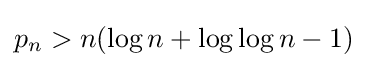
p_{n}>n(\log n+\log \log n-1)